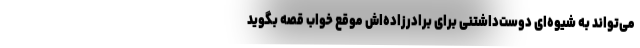
می‌تواند به شیوه‌ای دوست‌داشتنی برای برادرزاده‌اش موقع خواب قصه بگوید